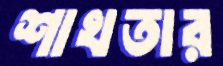
শাখতার